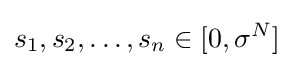
s_{1},s_{2},\dots ,s_{n}\in [0,\sigma ^{N}]